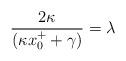
LaTeX: \begin{align*}{2\kappa \over (\kappa x^{+}_{0} +\gamma)}=\lambda\end{align*}